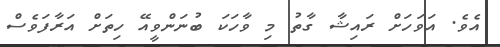
އެވެ. އަވަހަށް ރައިޝާ ގާތު މި ވާހަކަ ބުނަންވީއޭ ހިތަށް އަރާފަވެސް